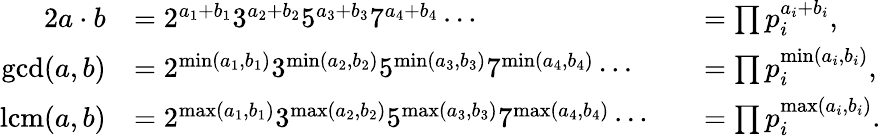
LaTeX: {\begin{array}{rlrl}{{2}a\cdot b}&{=2^{a_{1}+b_{1}}3^{a_{2}+b_{2}}5^{a_{3}+b_{3}}7^{a_{4}+b_{4}}\cdots}&&{=\prod p_{i}^{a_{i}+b_{i}},}\\ {\operatorname*{gcd}(a,b)}&{=2^{\operatorname*{min}(a_{1},b_{1})}3^{\operatorname*{min}(a_{2},b_{2})}5^{\operatorname*{min}(a_{3},b_{3})}7^{\operatorname*{min}(a_{4},b_{4})}\cdots}&&{=\prod p_{i}^{\operatorname*{min}(a_{i},b_{i})},}\\ {\operatorname{lcm}(a,b)}&{=2^{\operatorname*{max}(a_{1},b_{1})}3^{\operatorname*{max}(a_{2},b_{2})}5^{\operatorname*{max}(a_{3},b_{3})}7^{\operatorname*{max}(a_{4},b_{4})}\cdots}&&{=\prod p_{i}^{\operatorname*{max}(a_{i},b_{i})}.}\end{array}}